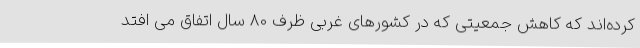
کرده‌اند که کاهش جمعیتی که در کشورهای غربی ظرف 80 سال اتفاق می افتد